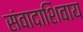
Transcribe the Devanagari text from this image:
संवादाशिवाय